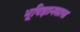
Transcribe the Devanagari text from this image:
भूविज्ञानशास्त्र